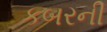
કબરની